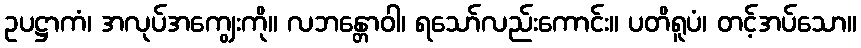
ဥပဋ္ဌာကံ၊ အလုပ်အကျွေးကို။ လဘန္တောဝါ၊ ရသော်လည်းကောင်း။ ပတိရူပံ၊ တင့်အပ်သော။